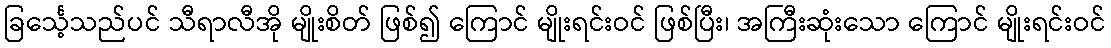
ခြင်္သေ့သည်ပင် သီရာလီအို မျိုးစိတ် ဖြစ်၍ ကြောင် မျိုးရင်းဝင် ဖြစ်ပြီး၊ အကြီးဆုံးသော ကြောင် မျိုးရင်းဝင်